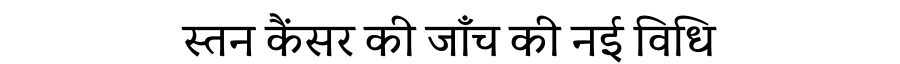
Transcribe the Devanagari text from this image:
स्तन कैंसर की जाँच की नई विधि